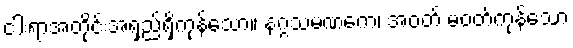
ငါးရာအတိုင်းအရှည်ရှိကုန်သော။ နဂ္ဂသမဏကေ၊ အဝတ် မဝတ်ကုန်သော